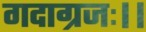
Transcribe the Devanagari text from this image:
गदाग्रजः।।